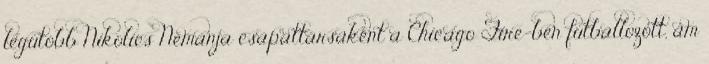
legutóbb Nikolics Nemanja csapattársaként a Chicago Fire-ben futballozott, ám